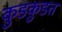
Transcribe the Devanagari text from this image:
कुडकुडत